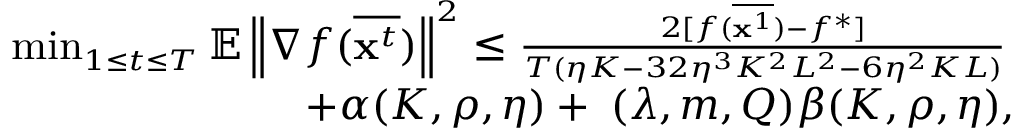
\small \begin{array} { r l } & { \operatorname* { m i n } _ { 1 \le t \le T } \mathbb { E } \left\| \nabla f ( \overline { { \mathbf { x } ^ { t } } } ) \right\| ^ { 2 } \leq \frac { 2 [ f ( \overline { { { \bf x } ^ { 1 } } } ) - f ^ { * } ] } { T ( \eta K - 3 2 \eta ^ { 3 } K ^ { 2 } L ^ { 2 } - 6 \eta ^ { 2 } K L ) } } \\ & { \qquad \qquad \qquad \quad + \alpha ( K , \rho , \eta ) + { \bf \Phi } ( \lambda , m , Q ) \beta ( K , \rho , \eta ) , } \end{array}